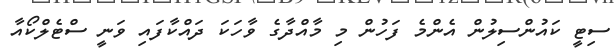
ސިޓީ ކައުންސިލުން އެންމެ ފަހުން މި މާއްދާގެ ވާހަކަ ދައްކާފައި ވަނީ ސްޓެލްކޯއާ